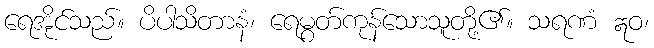
ရေအိုင်သည်။ ပိပါသိတာနံ၊ ရေမွတ်ကုန်သောသူတို့၏။ သရဏံ ဣဝ၊